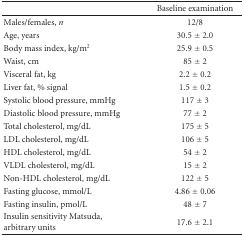
<table><thead><tr><td></td><td><b>Baseline examination</b></td></tr></thead><tbody><tr><td>Males/females, <i>n</i></td><td>12/8</td></tr><tr><td>Age, years</td><td>30.5 ± 2.0</td></tr><tr><td>Body mass index, kg/m2</td><td>25.9 ± 0.5</td></tr><tr><td>Waist, cm</td><td>85 ± 2</td></tr><tr><td>Visceral fat, kg</td><td>2.2 ± 0.2</td></tr><tr><td>Liver fat, % signal</td><td>1.5 ± 0.2</td></tr><tr><td>Systolic blood pressure, mmHg</td><td>117 ± 3</td></tr><tr><td>Diastolic blood pressure, mmHg</td><td>77 ± 2</td></tr><tr><td>Total cholesterol, mg/dL</td><td>175 ± 5</td></tr><tr><td>LDL cholesterol, mg/dL</td><td>106 ± 5</td></tr><tr><td>HDL cholesterol, mg/dL</td><td>54 ± 2</td></tr><tr><td>VLDL cholesterol, mg/dL</td><td>15 ± 2</td></tr><tr><td>Non-HDL cholesterol, mg/dL</td><td>122 ± 5</td></tr><tr><td>Fasting glucose, mmol/L</td><td>4.86 ± 0.06</td></tr><tr><td>Fasting insulin, pmol/L</td><td>48 ± 7</td></tr><tr><td>Insulin sensitivity Matsuda, arbitrary units</td><td>17.6 ± 2.1</td></tr></tbody></table>